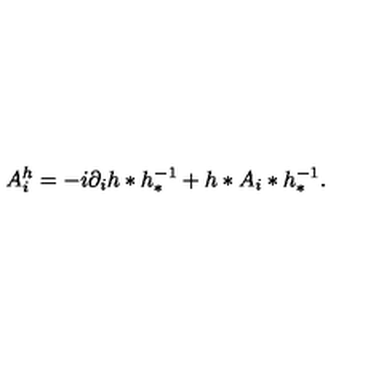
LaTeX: A _ { i } ^ { h } = - i \partial _ { i } h * h _ { * } ^ { - 1 } + h * A _ { i } * h _ { * } ^ { - 1 } .